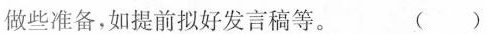
做些准备，如提前拟好发言稿等。 ()